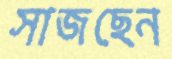
সাজছেন